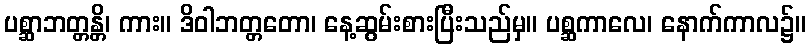
ပစ္ဆာဘတ္တန္တိ၊ ကား။ ဒိဝါဘတ္တတော၊ နေ့ဆွမ်းစားပြီးသည်မှ။ ပစ္ဆကာလေ၊ နောက်ကာလ၌။